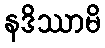
နဒိဿာမိ